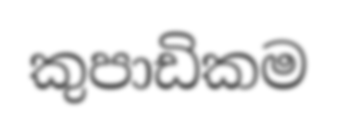
කුපාඩිකම